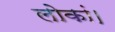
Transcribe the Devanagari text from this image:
लोकां।